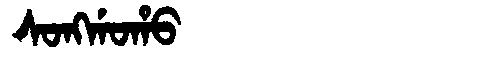
Manchu: ᠰᠣᠩᡤᠣᡥᠣ
Romanization: SONGGOHO